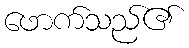
ဖောက်သည်၏